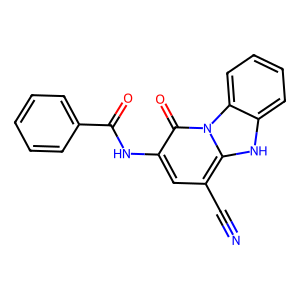
SMILES: N#Cc1cc(NC(=O)c2ccccc2)c(=O)n2c1[nH]c1ccccc12
Inhibits HIV replication: No